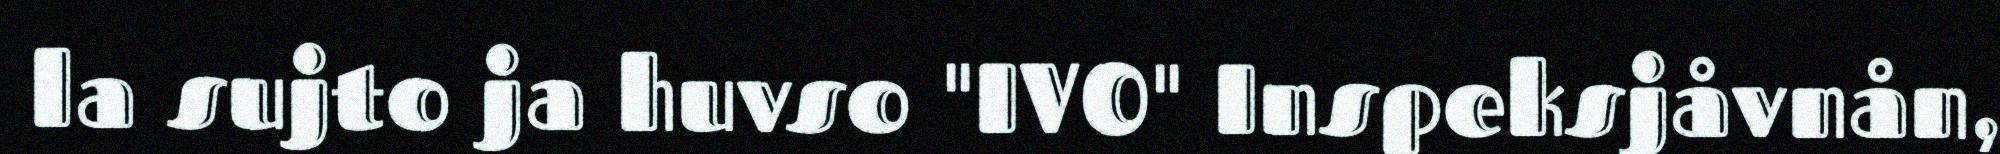
la sujto ja huvso "IVO" Inspeksjåvnån,